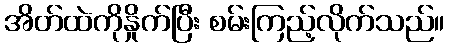
အိတ်ထဲကိုနှိုက်ပြီး စမ်းကြည့်လိုက်သည်။